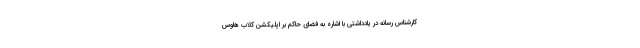
کارشناس رسانه در یادداشتی با اشاره به فضای حاکم بر اپلیکشن کلاب هاوس